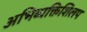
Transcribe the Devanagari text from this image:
अभिव्यक्तिशिलप